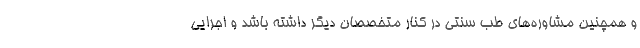
و همچنین مشاوره‌های طب سنتی در کنار متخصصان دیگر داشته باشد و اجرایی